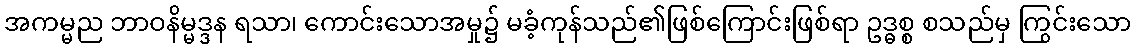
အကမ္မည ဘာဝနိမ္မဒ္ဒန ရသာ၊ ကောင်းသောအမှု၌ မခံ့ကုန်သည်၏ဖြစ်ကြောင်းဖြစ်ရာ ဥဒ္ဓစ္စ စသည်မှ ကြွင်းသော